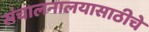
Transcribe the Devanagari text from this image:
संचालनालयासाठीचे